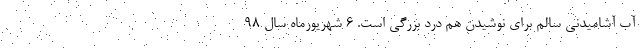
آب آشامیدنی سالم برای نوشیدن هم درد بزرگی است. ۶ شهریورماه سال ۹۸